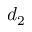
d _ { 2 }